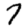
Digit: 7